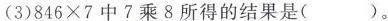
(3)$$846×7$$中7乘8所得的结果是( )。